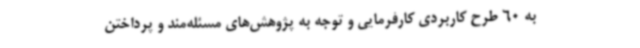
به 60 طرح کاربردی کارفرمایی و توجه به پژوهش‌های مسئله‌مند و پرداختن